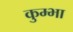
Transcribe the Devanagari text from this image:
कुम्‍भा